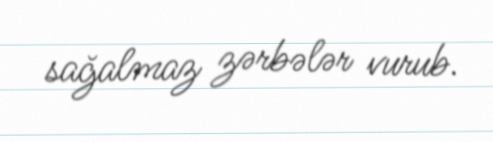
sağalmaz zərbələr vurub.